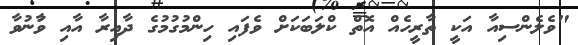
"ވެެލެންސިއާ އަކީ ތާރީހެއް އޮތް ކްލަބަކަށް ވެފައި ހިންމުގުމުގެ ދާއިރާ އާއި ވާުނުވާ